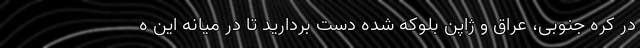
در کره جنوبی، عراق و ژاپن بلوکه شده دست بردارید تا در میانه این ه